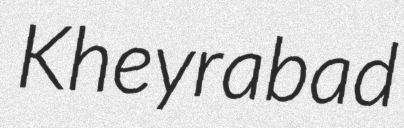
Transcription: Kheyrabad